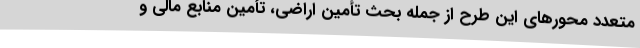
متعدد محورهای این طرح از جمله بحث تأمین اراضی، تأمین منابع مالی و